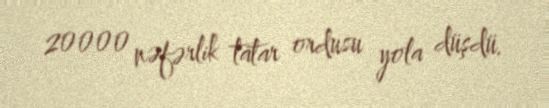
20000 nəfərlik tatar ordusu yola düşdü.